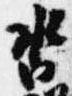
沓